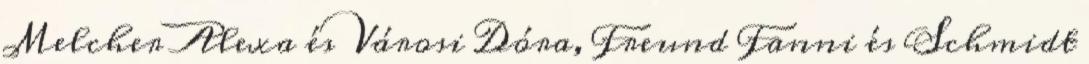
Melcher Alexa és Városi Dóra, Freund Fanni és Schmidt